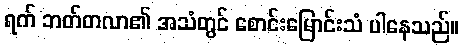
ရက် ဘတ်တလာ၏ အသံတွင် စောင်းမြောင်းသံ ပါနေသည်။